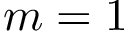
m = 1